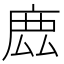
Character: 𢉖